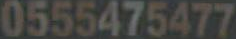
0555475477